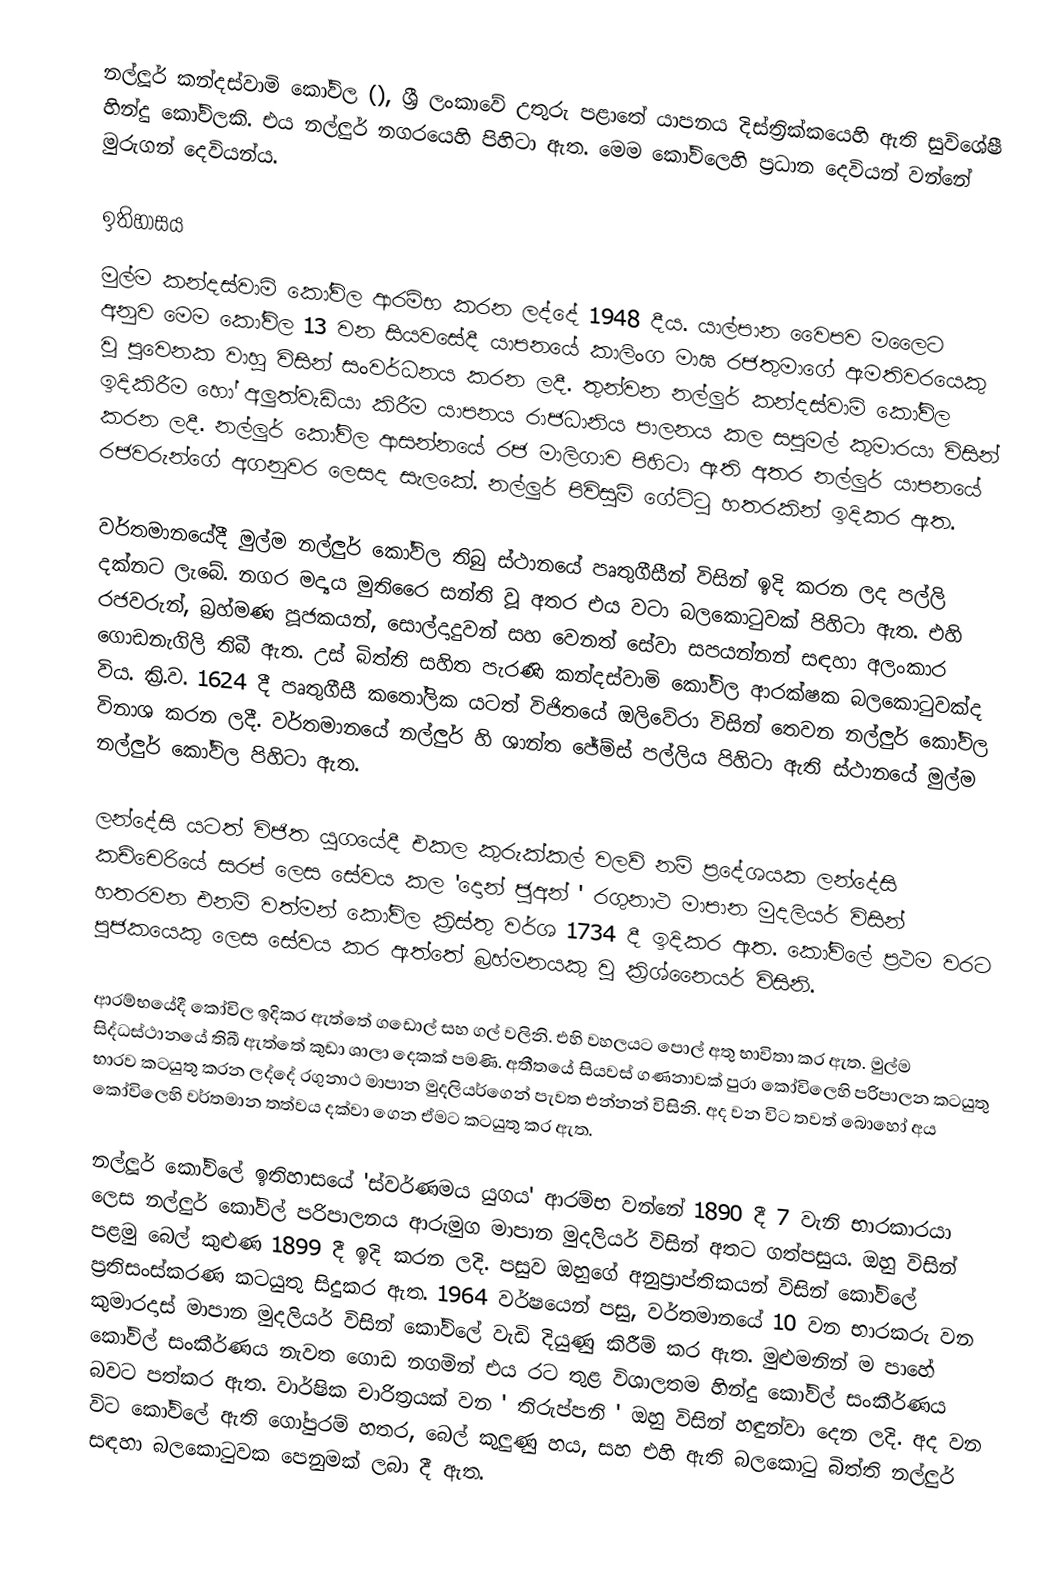
නල්ලූර් කන්දස්වාමි කෝවිල (), ශ්‍රී ලංකාවේ උතුරු පළාතේ  යාපනය දිස්ත්‍රික්කයෙහි ඇති සුවිශේෂී හින්දු කෝවිලකි. එය නල්ලුර් නගරයෙහි  පිහිටා ඇත. මෙම කෝවිලෙහි ප්‍රධාන දෙවියන් වන්නේ මුරුගන් දෙවියන්ය.

ඉතිහාසය
මුල්ම කන්දස්වාමි කෝවිල ආරම්භ කරන ලද්දේ 1948 දීය. යාල්පාන වෛපව මලෛට අනුව මෙම කෝවිල 13 වන සියවසේදී යාපනයේ කාලිංග මාඝ රජතුමාගේ ඇමතිවරයෙකු වූ පුවෙනක වාහු විසින් සංවර්ධනය කරන ලදී. තුන්වන නල්ලුර් කන්දස්වාමි කෝවිල ඉදිකිරීම හෝ අලුත්වැඩියා කිරීම යාපනය රාජධානිය පාලනය කල සපුමල් කුමාරයා විසින් කරන ලදී. නල්ලුර් කෝවිල ආසන්නයේ රජ මාලිගාව පිහිටා ඇති අතර නල්ලුර් යාපනයේ රජවරුන්ගේ අගනුවර ලෙසද සැලකේ. නල්ලුර් පිවිසුම් ගේට්ටු හතරකින් ඉදිකර ඇත. 

වර්තමානයේදී මුල්ම නල්ලුර් කෝවිල තිබු ස්ථානයේ පෘතුගීසීන් විසින් ඉදි කරන ලද පල්ලි දක්නට ලැබේ. නගර මද්‍යය මුතිරෛ සන්ති වූ අතර එය වටා බලකොටුවක් පිහිටා ඇත. එහි රජවරුන්, බ්‍රහ්මණ පූජකයන්, සොල්දාදුවන් සහ වෙනත් සේවා සපයන්නන් සඳහා අලංකාර ගොඩනැගිලි තිබී ඇත. උස් බිත්ති සහිත පැරණි කන්දස්වාමි කෝවිල ආරක්ෂක බලකොටුවක්ද විය. ක්‍රි.ව. 1624 දී පෘතුගීසී කතෝලික යටත් විජිතයේ ඔලිවේරා විසින් තෙවන නල්ලුර් කෝවිල විනාශ කරන ලදී. වර්තමානයේ නල්ලුර් හි ශාන්ත ජේම්ස් පල්ලිය පිහිටා ඇති ස්ථානයේ මුල්ම නල්ලුර් කෝවිල පිහිටා ඇත.

ලන්දේසි යටත් විජිත යුගයේදී එකල කුරුක්කල් වලව් නම් ප්‍රදේශයක  ලන්දේසි කච්චෙරියේ සරප් ලෙස සේවය කල 'දොන් ජූඅන් ' රගුනාථ මාපාන මුදලියර් විසින් හතරවන එනම් වත්මන් කෝවිල ක්‍රිස්තු වර්ශ 1734 දී ඉදිකර ඇත. කෝවිලේ ප්‍රථම වරට පුජකයෙකු ලෙස සේවය කර ඇත්තේ බ්‍රහ්මනයකු වු ක්‍රිශ්නෛයර් විසිනි. 

ආරම්භයේදී කෝවිල ඉදිකර ඇත්තේ ගඩොල් සහ ගල් වලිනි. එහි වහලයට පොල් අතු භාවිතා කර ඇත. මුල්ම සිද්ධස්ථානයේ තිබී ඇත්තේ කුඩා ශාලා දෙකක් පමණි. අතීතයේ සියවස් ගණනාවක් පුරා කෝවිලෙහි පරිපාලන කටයුතු භාරව කටයුතු කරන ලද්දේ රගුනාථ මාපාන මුදලියර්ගෙන් පැවත එන්නන් විසිනි. අද වන විට තවත් බොහෝ අය කෝවිලෙහි වර්තමාන තත්වය දක්වා ගෙන ඒමට කටයුතු කර ඇත. 

නල්ලූර් කෝවිලේ ඉතිහාසයේ 'ස්වර්ණමය යුගය' ආරම්භ වන්නේ 1890 දී 7 වැනි භාරකාරයා ලෙස නල්ලුර්  කෝවිල් පරිපාලනය ආරුමුග මාපාන මුදලියර් විසින් අතට ගත්පසුය. ඔහු විසින් පළමු බෙල් කුළුණ 1899 දී  ඉදි කරන ලදි. පසුව ඔහුගේ අනුප්‍රාප්තිකයන් විසින් කෝවිලේ ප්‍රතිසංස්කරණ කටයුතු සිදුකර ඇත. 1964 වර්ෂයෙන් පසු, වර්තමානයේ 10 වන භාරකරු වන කුමාරදාස් මාපාන මුදලියර් විසින් කෝවිලේ වැඩි දියුණු කිරීම් කර ඇත. මුළුමනින් ම පාහේ කෝවිල් සංකීර්ණය නැවත ගොඩ නගමින් එය රට තුළ විශාලතම හින්දු කෝවිල් සංකීර්ණය බවට පත්කර ඇත. වාර්ෂික චාරිත්‍රයක් වන ' තිරුප්පනි ' ඔහු විසින් හඳුන්වා දෙන ලදි. අද වන විට කෝවිලේ ඇති ගෝපුරම් හතර, බෙල් කුලුණු හය, සහ එහි ඇති බලකොටු බිත්ති  නල්ලුර් සඳහා බලකොටුවක පෙනුමක් ලබා දී ඇත.